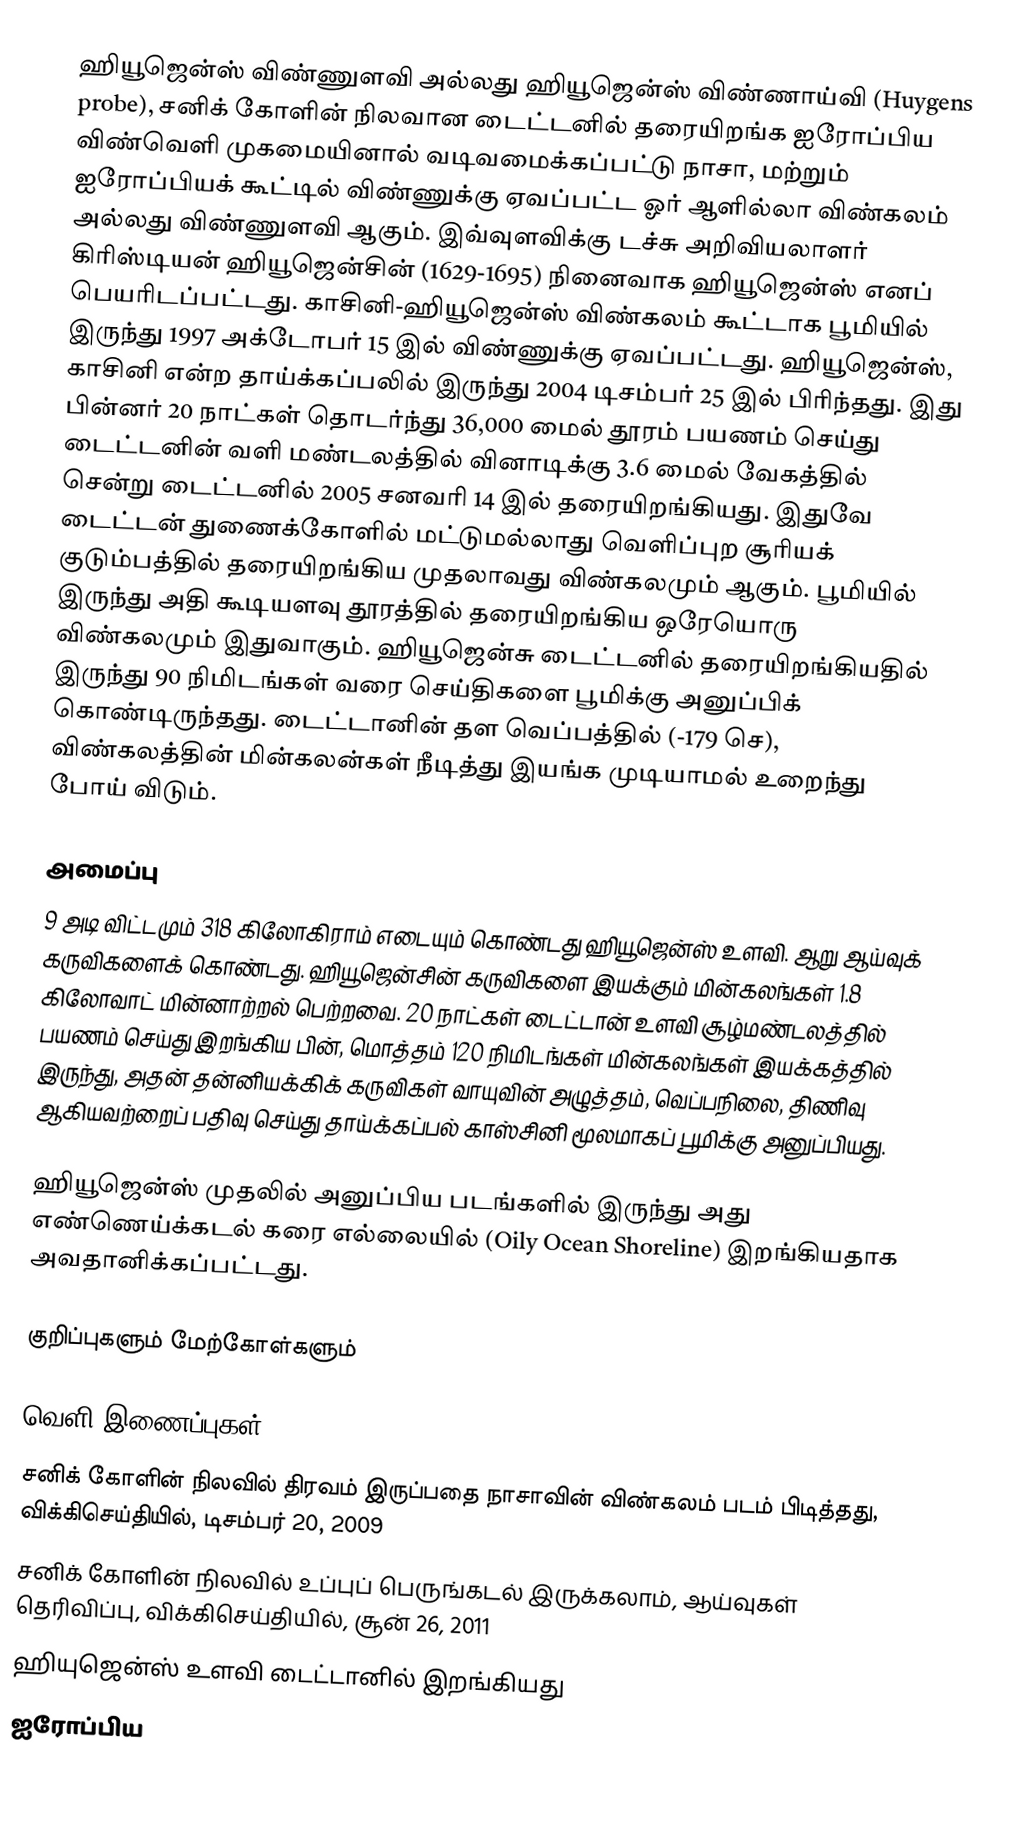
ஹியூஜென்ஸ் விண்ணுளவி அல்லது ஹியூஜென்ஸ் விண்ணாய்வி (Huygens probe), சனிக் கோளின் நிலவான டைட்டனில் தரையிறங்க ஐரோப்பிய விண்வெளி முகமையினால் வடிவமைக்கப்பட்டு நாசா, மற்றும் ஐரோப்பியக் கூட்டில் விண்ணுக்கு ஏவப்பட்ட ஓர் ஆளில்லா விண்கலம் அல்லது விண்ணுளவி ஆகும். இவ்வுளவிக்கு டச்சு அறிவியலாளர் கிரிஸ்டியன் ஹியூஜென்சின் (1629-1695) நினைவாக ஹியூஜென்ஸ் எனப் பெயரிடப்பட்டது. காசினி-ஹியூஜென்ஸ் விண்கலம் கூட்டாக பூமியில் இருந்து 1997 அக்டோபர் 15 இல் விண்ணுக்கு ஏவப்பட்டது. ஹியூஜென்ஸ், காசினி என்ற தாய்க்கப்பலில் இருந்து 2004 டிசம்பர் 25 இல் பிரிந்தது. இது பின்னர் 20 நாட்கள் தொடர்ந்து 36,000 மைல் தூரம் பயணம் செய்து டைட்டனின் வளி மண்டலத்தில் வினாடிக்கு 3.6 மைல் வேகத்தில் சென்று டைட்டனில் 2005 சனவரி 14 இல் தரையிறங்கியது. இதுவே டைட்டன் துணைக்கோளில் மட்டுமல்லாது வெளிப்புற சூரியக் குடும்பத்தில் தரையிறங்கிய முதலாவது விண்கலமும் ஆகும். பூமியில் இருந்து அதி கூடியளவு தூரத்தில் தரையிறங்கிய ஒரேயொரு விண்கலமும் இதுவாகும். ஹியூஜென்சு டைட்டனில் தரையிறங்கியதில் இருந்து 90 நிமிடங்கள் வரை செய்திகளை பூமிக்கு அனுப்பிக் கொண்டிருந்தது. டைட்டானின் தள வெப்பத்தில் (-179 செ), விண்கலத்தின் மின்கலன்கள் நீடித்து இயங்க முடியாமல் உறைந்து போய் விடும்.

அமைப்பு
9 அடி விட்டமும் 318 கிலோகிராம் எடையும் கொண்டது ஹியூஜென்ஸ் உளவி. ஆறு ஆய்வுக் கருவிகளைக் கொண்டது. ஹியூஜென்சின் கருவிகளை இயக்கும் மின்கலங்கள் 1.8 கிலோவாட் மின்னாற்றல் பெற்றவை. 20 நாட்கள் டைட்டான் உளவி சூழ்மண்டலத்தில் பயணம் செய்து இறங்கிய பின், மொத்தம் 120 நிமிடங்கள் மின்கலங்கள் இயக்கத்தில் இருந்து, அதன் தன்னியக்கிக் கருவிகள் வாயுவின் அழுத்தம், வெப்பநிலை, திணிவு ஆகியவற்றைப் பதிவு செய்து தாய்க்கப்பல் காஸ்சினி மூலமாகப் பூமிக்கு அனுப்பியது.

ஹியூஜென்ஸ் முதலில் அனுப்பிய படங்களில் இருந்து அது எண்ணெய்க்கடல் கரை எல்லையில் (Oily Ocean Shoreline) இறங்கியதாக அவதானிக்கப்பட்டது.

குறிப்புகளும் மேற்கோள்களும்

வெளி இணைப்புகள்
 சனிக் கோளின் நிலவில் திரவம் இருப்பதை நாசாவின் விண்கலம் படம் பிடித்தது, விக்கிசெய்தியில், டிசம்பர் 20, 2009
 சனிக் கோளின் நிலவில் உப்புப் பெருங்கடல் இருக்கலாம், ஆய்வுகள் தெரிவிப்பு, விக்கிசெய்தியில், சூன் 26, 2011
 ஹியுஜென்ஸ் உளவி டைட்டானில் இறங்கியது
 ஐரோப்பிய